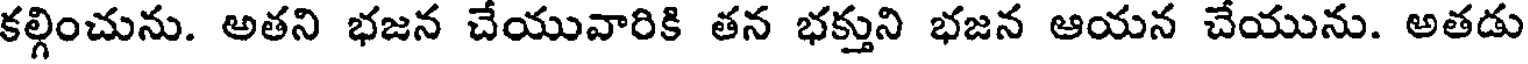
కల్గించును. అతని భజన చేయువారికి తన భక్తుని భజన ఆయన చేయును. అతడు